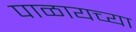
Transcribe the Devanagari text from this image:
पाळायच्या